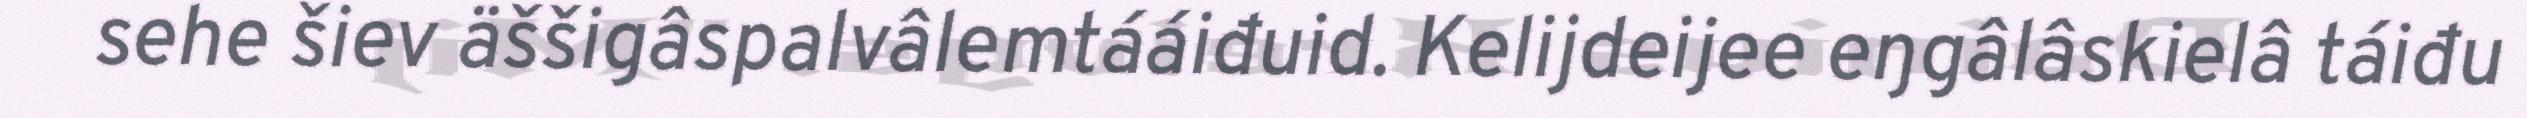
sehe šiev äššigâspalvâlemtááiđuid. Kelijdeijee eŋgâlâskielâ táiđu